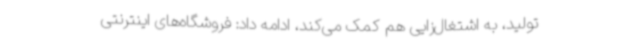
تولید، به اشتغال‌زایی هم کمک می‌کند، ادامه داد: فروشگاه‌های اینترنتی